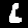
Label: 6